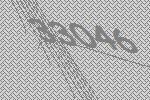
33046